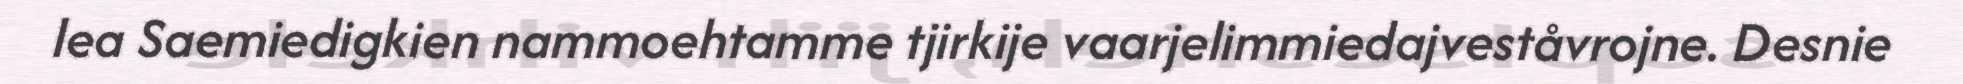
lea Saemiedigkien nammoehtamme tjirkije vaarjelimmiedajveståvrojne. Desnie